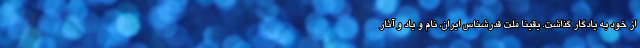
از خود به یادگار گذاشت. یقیناً ملت قدرشناس ایران، نام و یاد و آثار